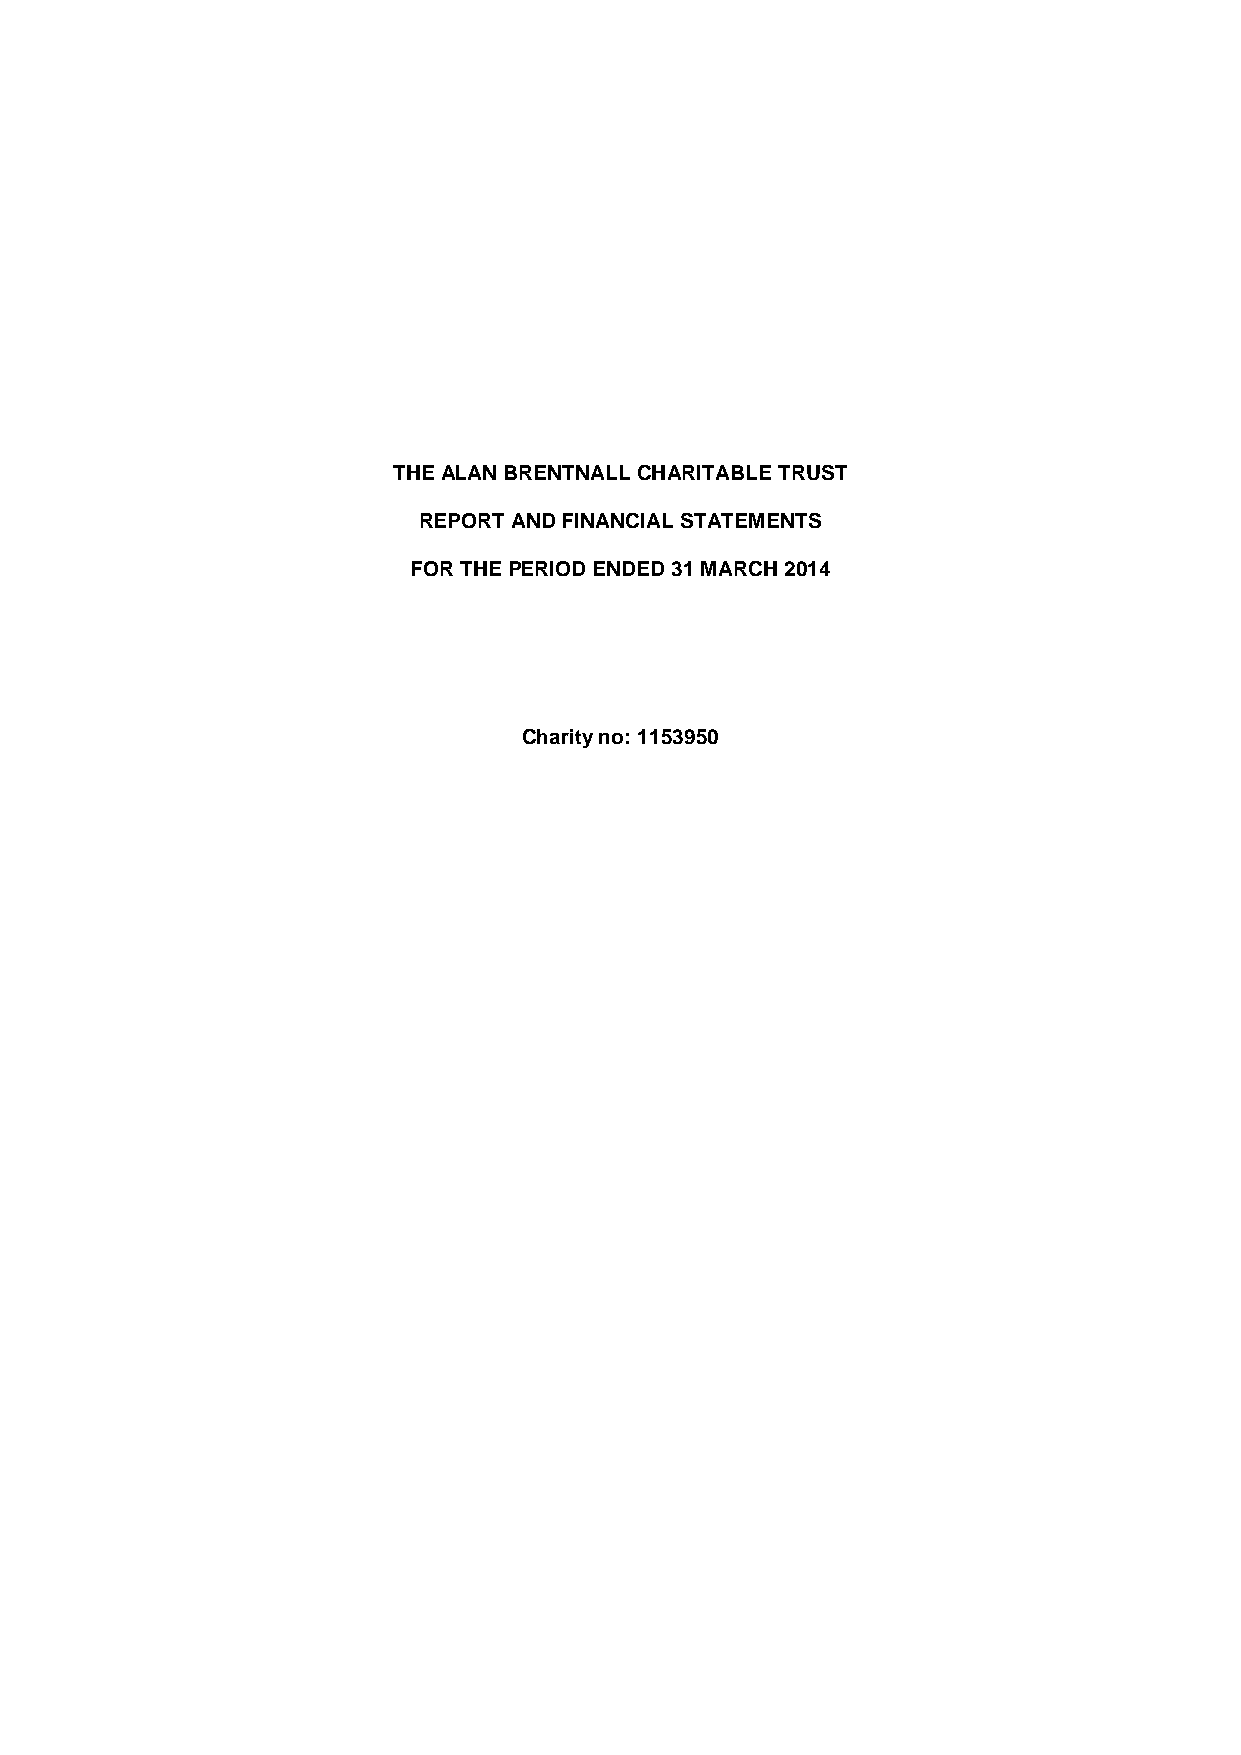
THE ALAN BRENTNALL CHARITABLE TRUST
 REPORT AND FINANCIAL STATEMENTS
 FOR THE PERIOD ENDED 31 MARCH 2014
 Charity no: 1153950